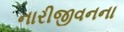
નારીજીવનના